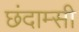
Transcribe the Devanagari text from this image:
छंदाम्सी